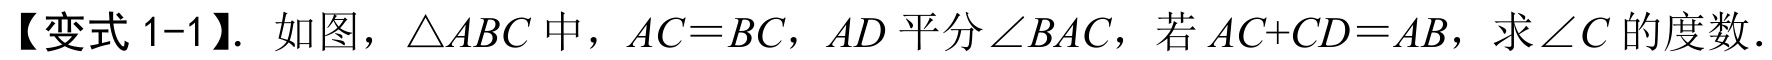
【变式 1-1】. 如图，$\triangle ABC$中，$AC = BC$，$AD$平分$\angle BAC$，若$AC + CD = AB$，求$\angle C$的度数．